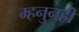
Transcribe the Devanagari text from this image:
म्हनुनही